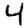
Digit: 4